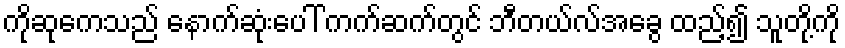
ကိုဆုကေသည် နောက်ဆုံးပေါ် ကက်ဆက်တွင် ဘီတယ်လ်အခွေ ထည့်၍ သူတို့ကို